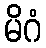
မိဂံ